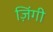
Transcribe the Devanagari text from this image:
ज़िंगी